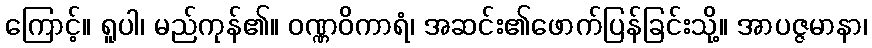
ကြောင့်။ ရူပါ၊ မည်ကုန်၏။ ဝဏ္ဏဝိကာရံ၊ အဆင်း၏ဖောက်ပြန်ခြင်းသို့။ အာပဇ္ဇမာနာ၊